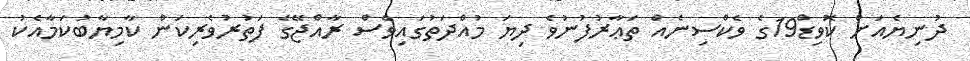
ދުނިޔެއަށް ކޮވިޑް19ގެ ވެކްސިނެއް ތަޢާރުފުނުވެ ދިޔަ މުއްދަތުގައިވެސް ރާއްޖޭގެ ފަތުރުވެރިކަން ކާމިޔާބުކަމާއެކު